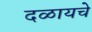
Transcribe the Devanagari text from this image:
दळायचे